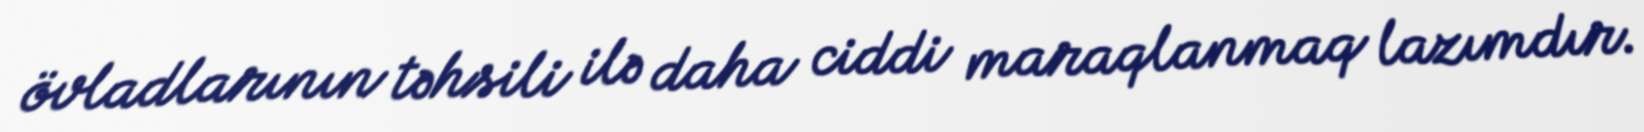
övladlarının təhsili ilə daha ciddi maraqlanmaq lazımdır.